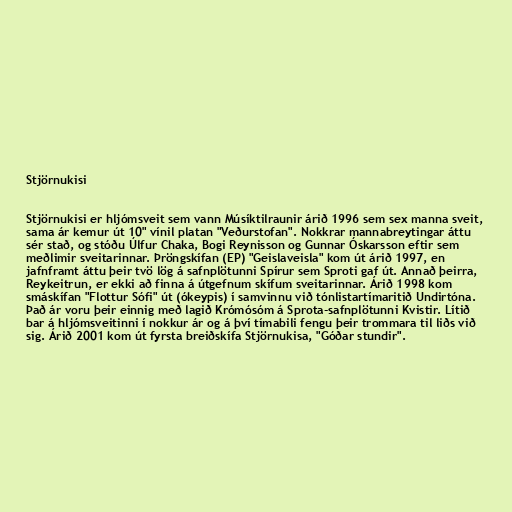
Stjörnukisi

Stjörnukisi er hljómsveit sem vann Músíktilraunir árið 1996 sem sex manna sveit,
sama ár kemur út 10" vínil platan "Veðurstofan". Nokkrar mannabreytingar áttu
sér stað, og stóðu Úlfur Chaka, Bogi Reynisson og Gunnar Óskarsson eftir sem
meðlimir sveitarinnar. Þröngskífan (EP) "Geislaveisla" kom út árið 1997, en
jafnframt áttu þeir tvö lög á safnplötunni Spírur sem Sproti gaf út. Annað þeirra,
Reykeitrun, er ekki að finna á útgefnum skífum sveitarinnar. Árið 1998 kom
smáskífan "Flottur Sófi" út (ókeypis) í samvinnu við tónlistartímaritið Undirtóna.
Það ár voru þeir einnig með lagið Krómósóm á Sprota-safnplötunni Kvistir. Lítið
bar á hljómsveitinni í nokkur ár og á því tímabili fengu þeir trommara til liðs við
sig. Árið 2001 kom út fyrsta breiðskífa Stjörnukisa, "Góðar stundir".